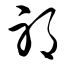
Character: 邪